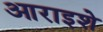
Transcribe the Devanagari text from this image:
आराइशे